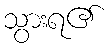
သွားရ၏